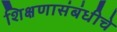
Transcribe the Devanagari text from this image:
शिक्षणासंबंधीचे